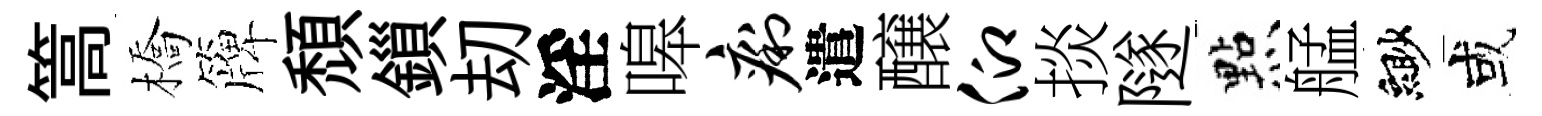
篙橋簰頹鎻刧淫嗥痢遣醸仰掞隧㸃艋緲或